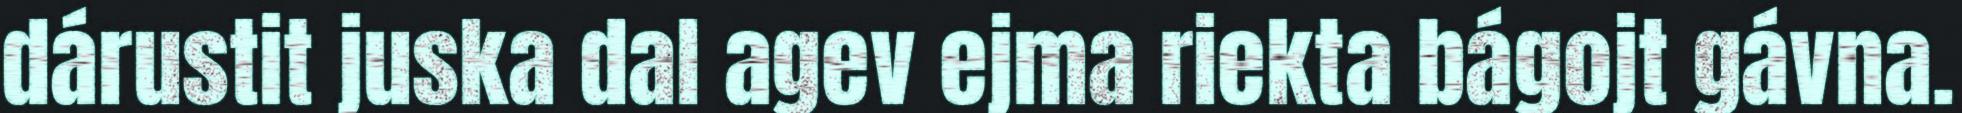
dárustit juska dal agev ejma riekta bágojt gávna.